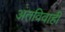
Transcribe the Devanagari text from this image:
अंतविवाही